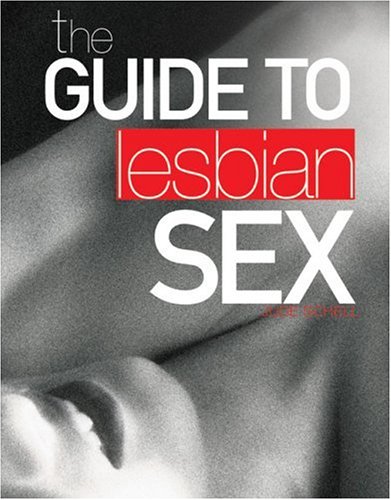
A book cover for The Guide to Lesbian Sex; Jude Schell; Gay & Lesbian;